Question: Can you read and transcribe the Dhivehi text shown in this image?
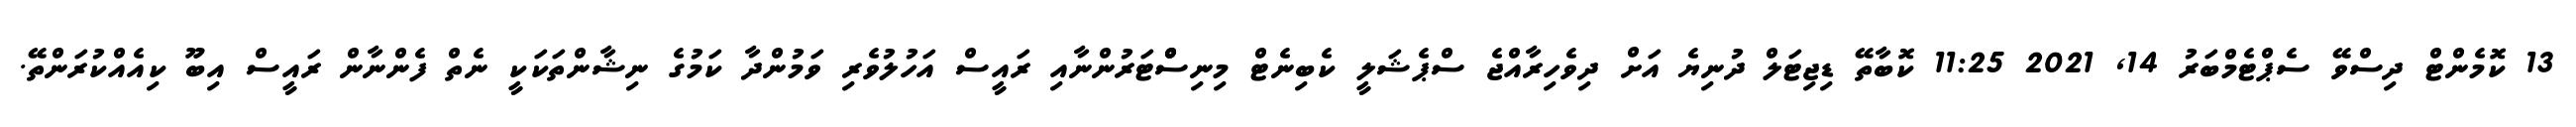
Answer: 13 ކޮމެންޓް ދިސްވޭ ސެޕްޓެމްބަރު 14, 2021 11:25 ކޮބާތޭ ޑިޖިޓަލް ދުނިޔެ އަށް ދިވެހިރާއްޖެ ސްޕެޝަލީ ކެބިނެޓް މިނިސްްޓަރުންނާއި ރައީސް އަހުލުވެރި ވަމުންދާ ކަމުގެ ނިޝާންތަކަކީ ނެތް ފެންނާން ރައީސް އިބޫ ކިއެއްކުރަންތޭ.